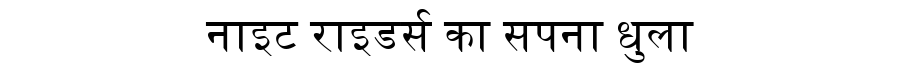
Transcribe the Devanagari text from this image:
नाइट राइडर्स का सपना धुला